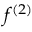
f ^ { ( 2 ) }